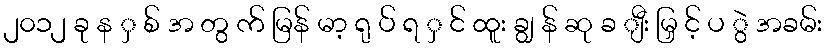
၂၀၁၂ ခု န ှ စ် အ တွ က် မြန် မာ့ ရု ပ် ရ ှ င် ထူး ချွ န် ဆု ခ ျီး မြှ င့် ပ ွဲ အခမ်း